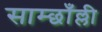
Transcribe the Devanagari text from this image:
साम्छाँल्ली